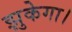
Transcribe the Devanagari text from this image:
झुकेगा।